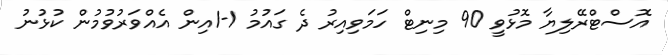
އޮސްޓްރޭލިޔާ މޮޅުވީ 90 މިނިޓް ހަމަވިއިރު ދެ ގައުމު 1-1އިން އެއްވަރުވުމުން ކުޅުނު